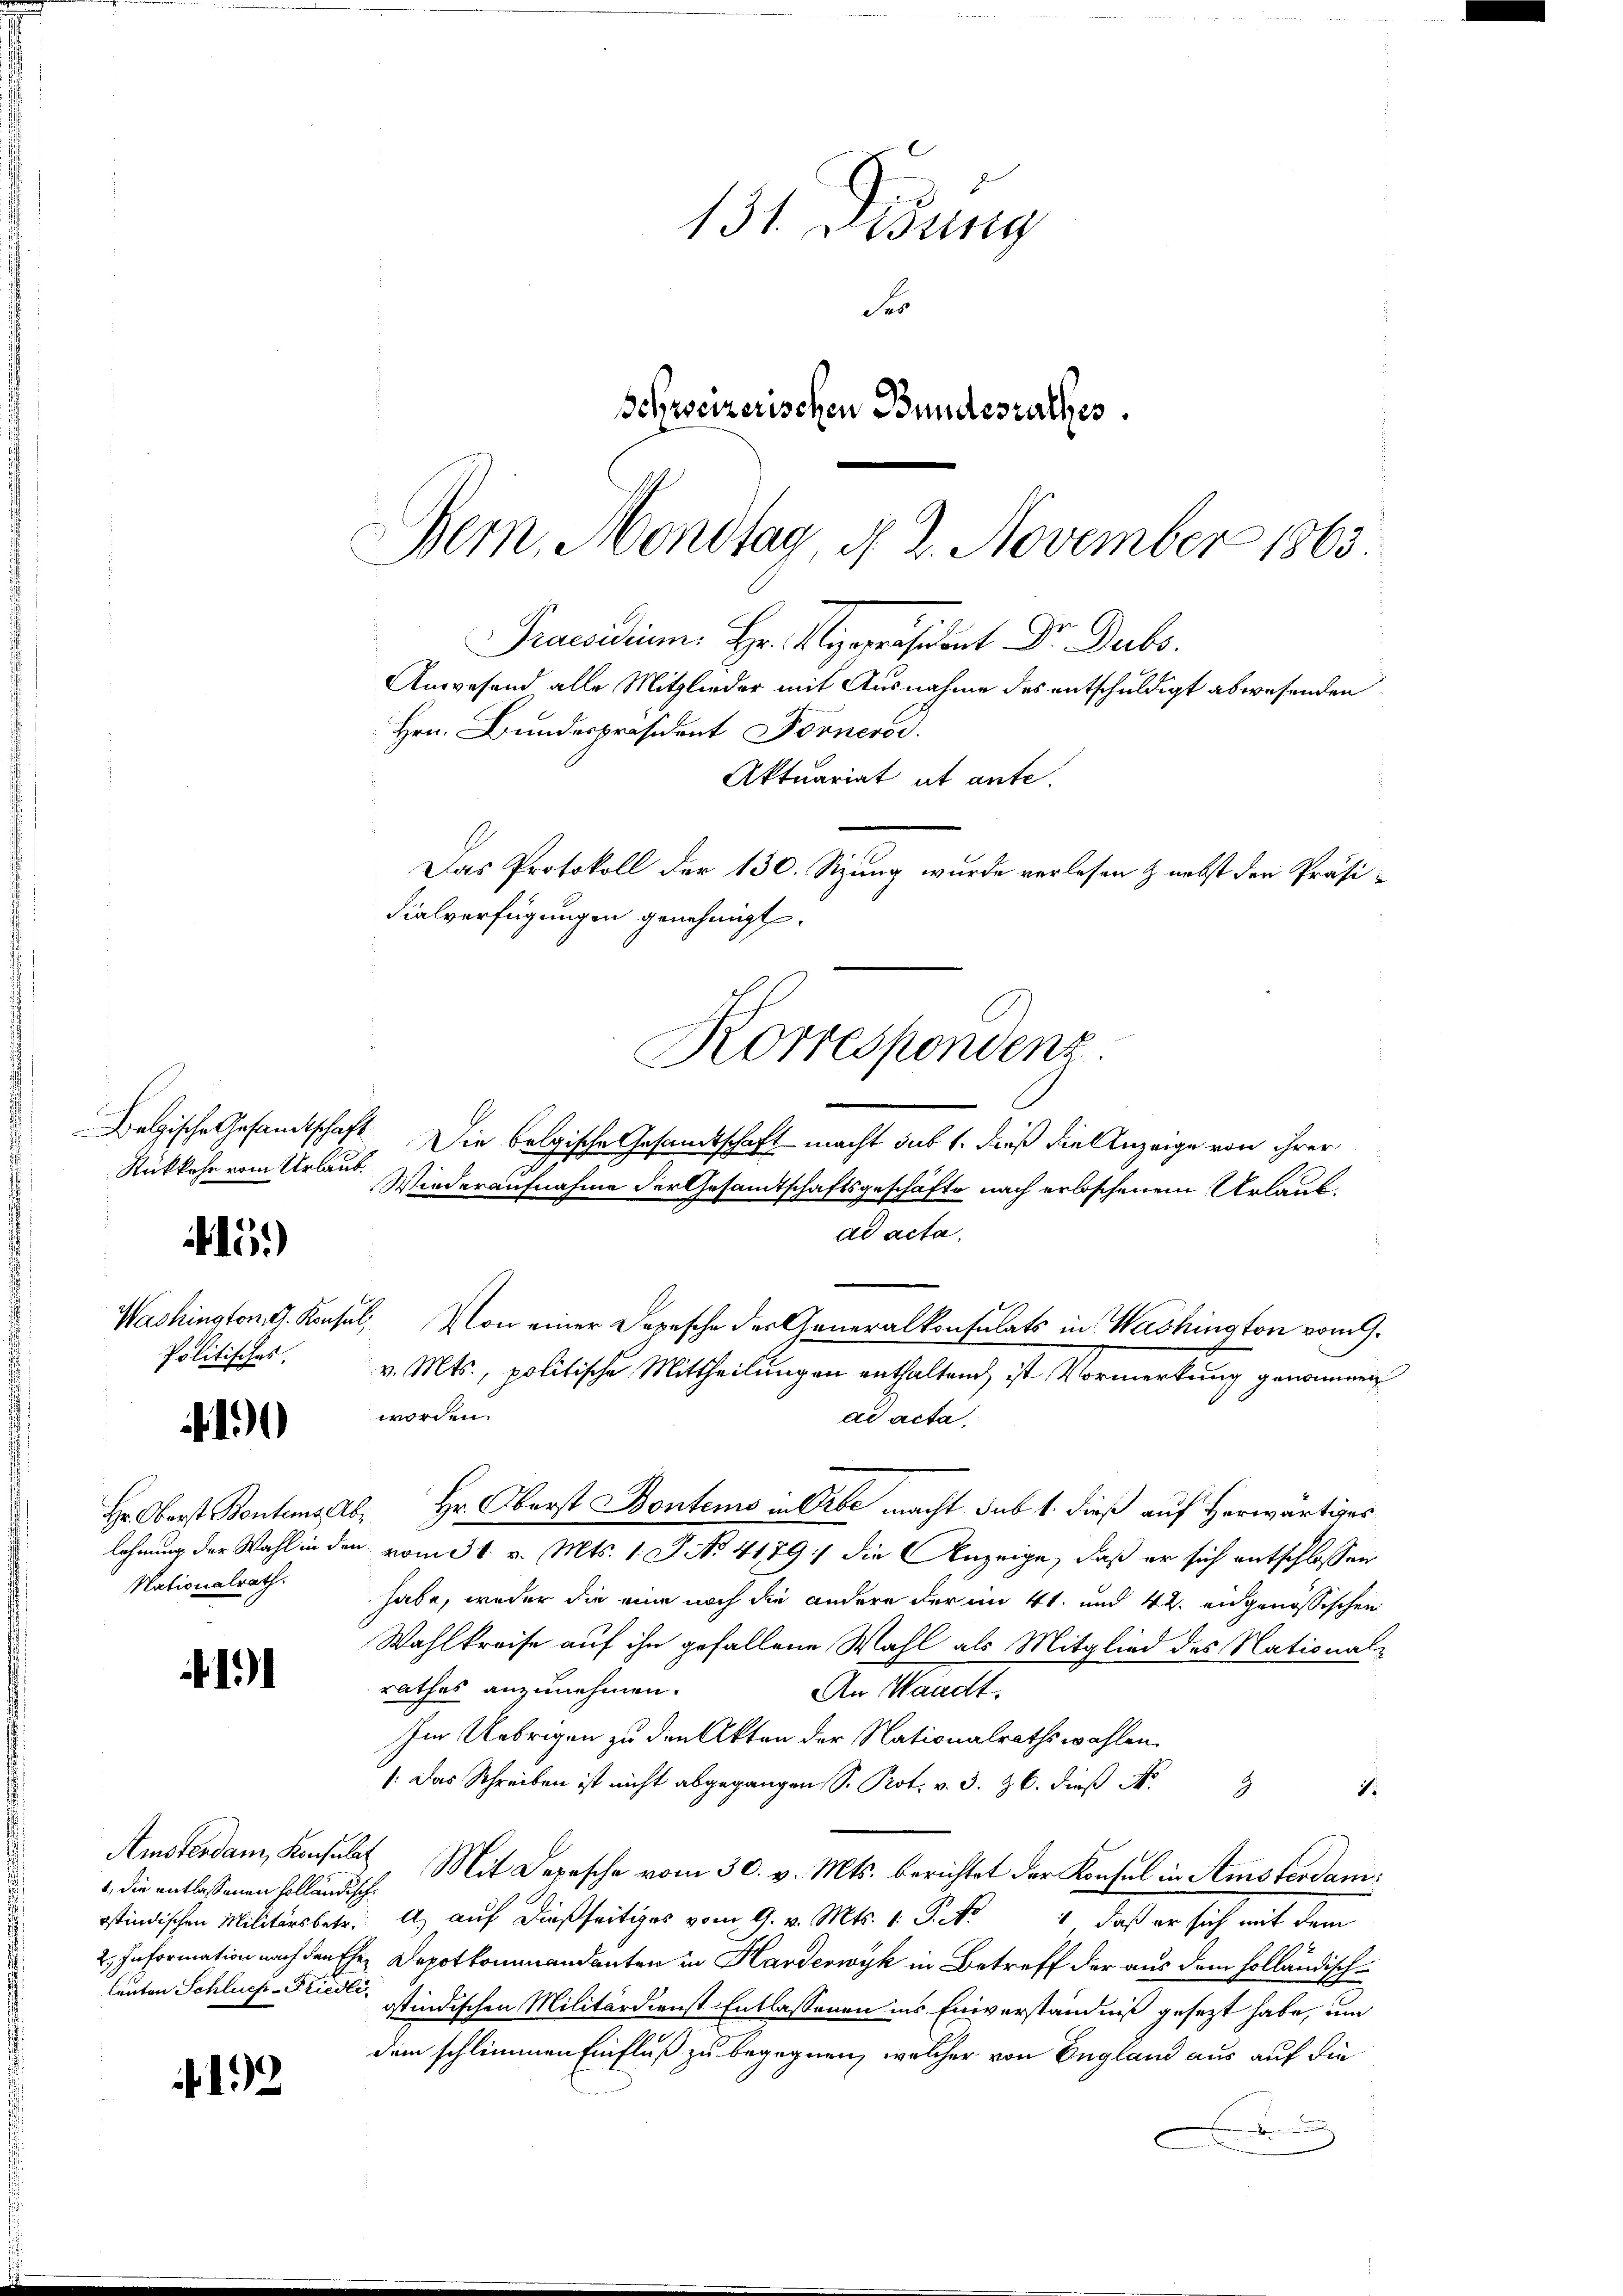
15.)

Politisches.

190

1

12

Rükkehr vom Urlaub.

Hr. Oberst Bentens a
lehnung der Wahl in der
Nationalrath.

1., die entlassenen Holländisch
leuten Schlues-Friedli

131. Lesung
Ses
schweizerischen Bundesrathes.

Bern, Mondtag, d. 2. November 1863.
Korrespondenz
Dolzische Gesamtschaft. Die belgische Gesamtschaft macht sub 1. dieß die Anzeige von ihrer
Wiederaufnahme der Gesamtschaftsgeschäfte nach erloschenem Urlaub¬

Praesidium. Hr. Repräsident Dr. Dubo.
Anwesend alle Mitglieder mit Ausnahme des entschuldigt abwesenden
Aktuariat ut ante.
Das Protokoll der 130. Sitzung wurde verlesen & nebst der Präsi¬
Fialverfügungen genehmigt.

ad acta.
Washington, d. Konsul, Von einer Depesche der Generalkonsulats in Washington vom 9.
v. Mts., politische Mittheilungen enthaltend ist Vormerkung genommen
worden.
ad acta.
Hr. Oberst Bontems in Erbe macht sub 1. dieß auf Herwärtiges
2.
u. vom 31. v. Mts. 1. J. No 4179. die Anzeige, daß er sich entschlossen
habe, weder die eine noch die andere der im 41. und 42. eidgenössischen
Wahlkreise auf ihn gefallene Wahl als Mitglied des Nationalrathes anzunehmen.
An Mandt.
Im Uebrigen zu den Akten der Nationalrathswahlen.
: Das Schreiben ist nicht abgegangen S. Prot. v. 3. 26. dieß d
i
2
Amsterdam Konsuls Mit Depesche vom 30. v. Mts. berichtet der Konsul in Amsterdanstindischen Militärs betr. A. auf dießseitiges vom 9. v. Mts. v. P. Nr. 4, daß er sich mit dem
2. Information nach den Ehe Depotkommandanten in Harderwyk in Betreff der aus dem holländischistindischen Militärdienst Entlassenen ins Einverständniß gesezt habe, um
dem schlimmen Einfluß zu begegnen, welcher von England aus auf die
r

Hrn. Bundespräsident Fornerod.